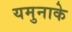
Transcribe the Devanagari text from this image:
यमुनाके